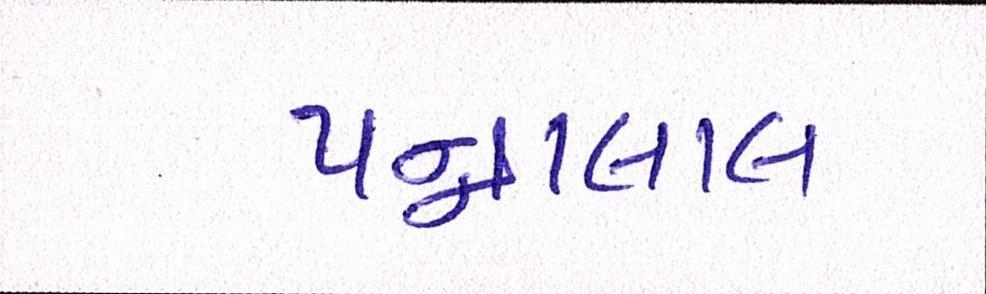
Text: પન્નાલાલ